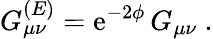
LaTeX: G_{\mu\nu}^{(E)}=\mathrm{e}^{-2\phi}\, G_{\mu\nu}\ .